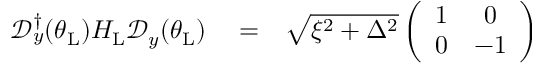
\begin{array} { r l r } { \mathcal { D } _ { y } ^ { \dagger } ( \theta _ { \mathrm { L } } ) H _ { \mathrm { L } } \mathcal { D } _ { y } ( \theta _ { \mathrm { L } } ) } & { { } = } & { \sqrt { \xi ^ { 2 } + \Delta ^ { 2 } } \left( \begin{array} { c c } { 1 } & { 0 } \\ { 0 } & { - 1 } \end{array} \right) } \end{array}